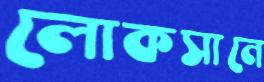
লোকসানে